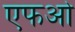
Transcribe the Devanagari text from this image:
एफओ